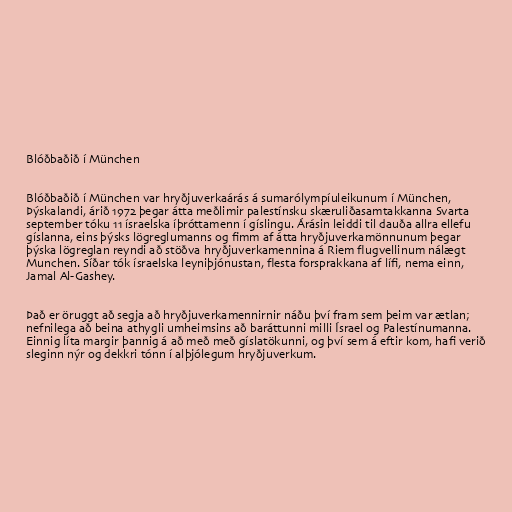
Blóðbaðið í München

Blóðbaðið í München var hryðjuverkaárás á sumarólympíuleikunum í München,
Þýskalandi, árið 1972 þegar átta meðlimir palestínsku skæruliðasamtakkanna Svarta
september tóku 11 ísraelska íþróttamenn í gíslingu. Árásin leiddi til dauða allra ellefu
gíslanna, eins þýsks lögreglumanns og fimm af átta hryðjuverkamönnunum þegar
þýska lögreglan reyndi að stöðva hryðjuverkamennina á Riem flugvellinum nálægt
Munchen. Síðar tók ísraelska leyniþjónustan, flesta forsprakkana af lífi, nema einn,
Jamal Al-Gashey.

Það er öruggt að segja að hryðjuverkamennirnir náðu því fram sem þeim var ætlan;
nefnilega að beina athygli umheimsins að baráttunni milli Ísrael og Palestínumanna.
Einnig líta margir þannig á að með með gíslatökunni, og því sem á eftir kom, hafi verið
sleginn nýr og dekkri tónn í alþjólegum hryðjuverkum.